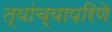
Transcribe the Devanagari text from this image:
त्यांच्यापरिणे